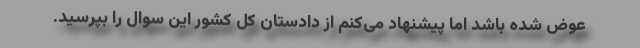
عوض شده باشد اما پیشنهاد می‌کنم از دادستان کل کشور این سوال را بپرسید.